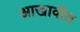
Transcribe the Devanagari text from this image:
आखावीत